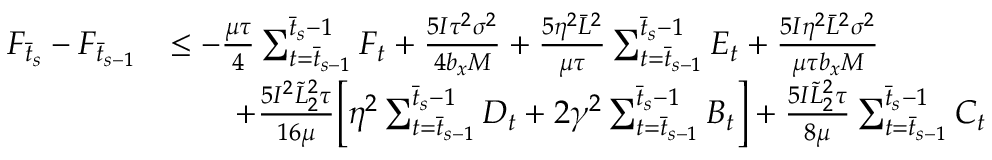
\begin{array} { r l } { F _ { \bar { t } _ { s } } - F _ { \bar { t } _ { s - 1 } } } & { \leq - \frac { \mu \tau } { 4 } \sum _ { t = \bar { t } _ { s - 1 } } ^ { \bar { t } _ { s } - 1 } F _ { t } + \frac { 5 I \tau ^ { 2 } \sigma ^ { 2 } } { 4 b _ { x } M } + \frac { 5 \eta ^ { 2 } \bar { L } ^ { 2 } } { \mu \tau } \sum _ { t = \bar { t } _ { s - 1 } } ^ { \bar { t } _ { s } - 1 } E _ { t } + \frac { 5 I \eta ^ { 2 } \bar { L } ^ { 2 } \sigma ^ { 2 } } { \mu \tau b _ { x } M } } \\ & { \qquad + \frac { 5 I ^ { 2 } \tilde { L } _ { 2 } ^ { 2 } \tau } { 1 6 \mu } \bigg [ \eta ^ { 2 } \sum _ { t = \bar { t } _ { s - 1 } } ^ { \bar { t } _ { s } - 1 } D _ { t } + 2 \gamma ^ { 2 } \sum _ { t = \bar { t } _ { s - 1 } } ^ { \bar { t } _ { s } - 1 } B _ { t } \bigg ] + \frac { 5 I \tilde { L } _ { 2 } ^ { 2 } \tau } { 8 \mu } \sum _ { t = \bar { t } _ { s - 1 } } ^ { \bar { t } _ { s } - 1 } C _ { t } } \end{array}